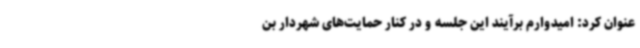
عنوان کرد: امیدوارم برآیند این جلسه و در کنار حمایت‌های شهردار بن